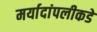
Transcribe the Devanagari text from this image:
मर्यादांपलीकडे